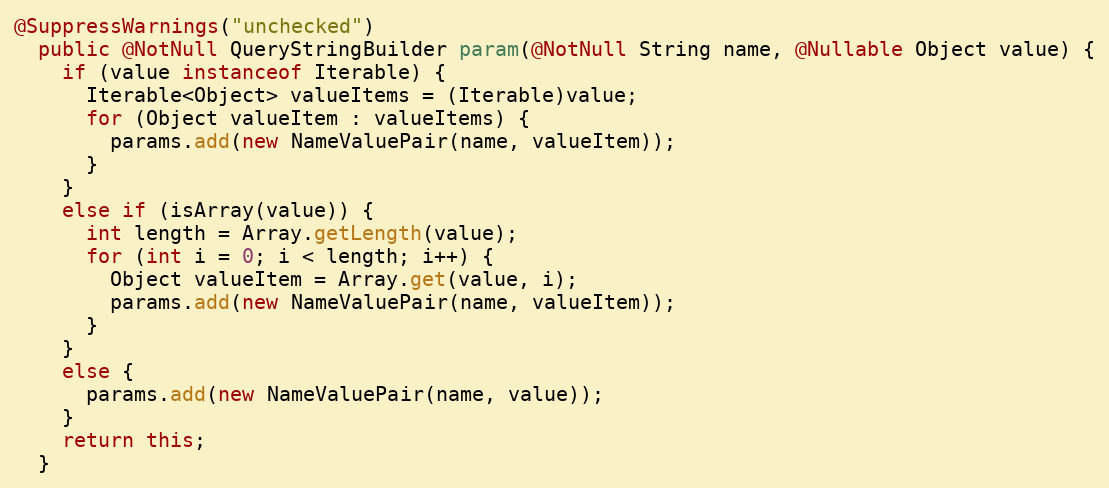
Language: Java
@SuppressWarnings("unchecked")
  public @NotNull QueryStringBuilder param(@NotNull String name, @Nullable Object value) {
    if (value instanceof Iterable) {
      Iterable<Object> valueItems = (Iterable)value;
      for (Object valueItem : valueItems) {
        params.add(new NameValuePair(name, valueItem));
      }
    }
    else if (isArray(value)) {
      int length = Array.getLength(value);
      for (int i = 0; i < length; i++) {
        Object valueItem = Array.get(value, i);
        params.add(new NameValuePair(name, valueItem));
      }
    }
    else {
      params.add(new NameValuePair(name, value));
    }
    return this;
  }